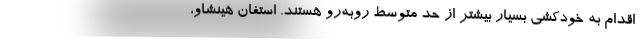
اقدام به خودکشی بسیار بیشتر از حد متوسط روبه‌رو هستند. استفان هینشاو،